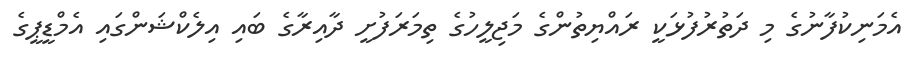
އެމަނިކުފާނުގެ މި ދަތުރުފުޅަކީ ރައްޔިތުންގެ މަޖިލީހުގެ ތިމަރަފުށީ ދާއިރާގެ ބައި އިލެކްޝަންގައި އެމްޑީޕީގެ